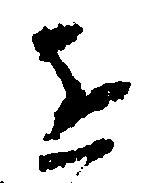
道